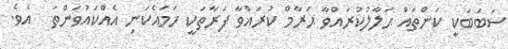
ސަބަބަކީ ކަންތައް ޙަލާލުކުރައްވާ ޙަރާމް ކުރައްވާ ފަރާތަކީ ހަމައެކަނި އެއްކައުވަންތަ  އެވެ.